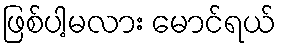
ဖြစ်ပါ့မလား မောင်ရယ်